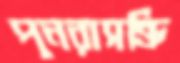
পুনরাসক্তি